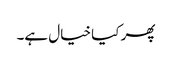
پھر کیا خیال ہے۔